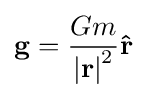
\mathbf {g} ={\frac {Gm}{\left|\mathbf {r} \right|^{2}}}\mathbf {\hat {r}} \,\!